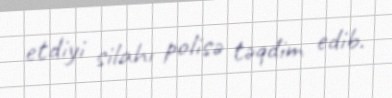
etdiyi silahı polisə təqdim edib.